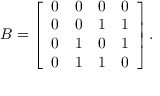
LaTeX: B = \left[ \begin{array} { c c c c } { { 0 } } & { { 0 } } & { { 0 } } & { { 0 } } \\ { { 0 } } & { { 0 } } & { { 1 } } & { { 1 } } \\ { { 0 } } & { { 1 } } & { { 0 } } & { { 1 } } \\ { { 0 } } & { { 1 } } & { { 1 } } & { { 0 } } \end{array} \right] .